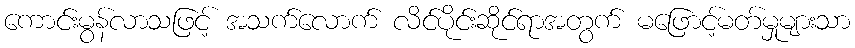
ကောင်းမွန်လာသဖြင့် အသက်လောက် လိင်ပိုင်းဆိုင်ရာအတွက် မဖြောင့်မတ်မှုများသာ